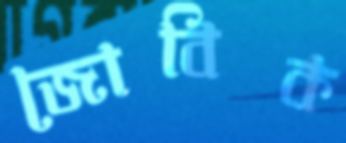
জোবিক